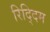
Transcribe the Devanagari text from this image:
रिद्दिम